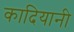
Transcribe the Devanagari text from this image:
कादियानी